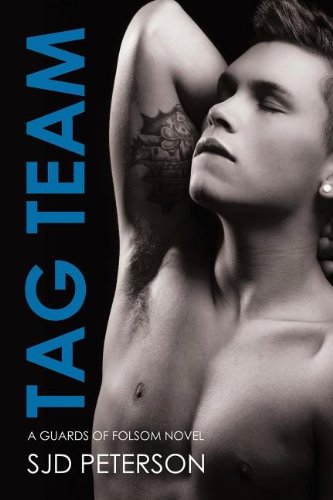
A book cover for Tag Team (Guards of Folsom); Sjd Peterson; Gay & Lesbian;